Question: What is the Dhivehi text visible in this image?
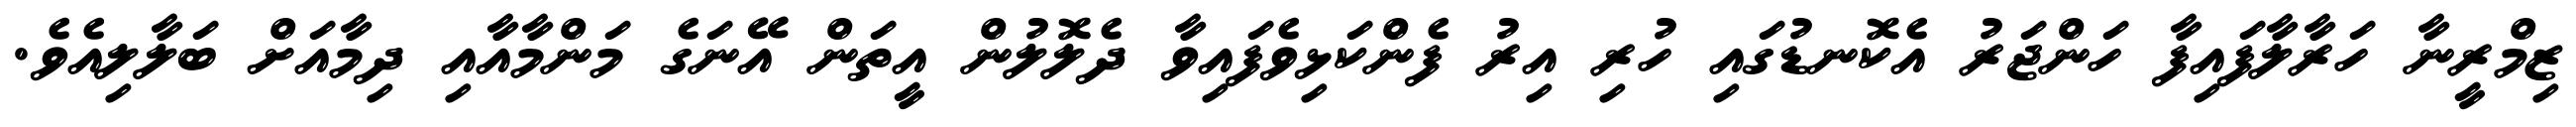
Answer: ޒިމްރީނާ ހަރާލާފައިފާ ހަންޖަރު އެކޮނޑުގައި ހުރި އިރު ފެންކަޅިވެފައިވާ ދެލޮލުން އީތަން އޭނަގެ މަންމާއާއި ދިމާއަށް ބަލާލިއެވެ.